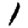
Digit: 1